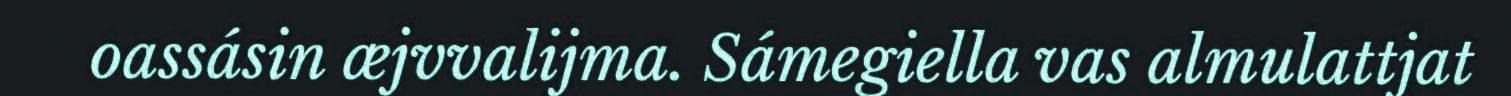
oassásin æjvvalijma. Sámegiella vas almulattjat